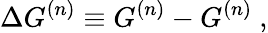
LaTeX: \Delta G^{(n)}\equiv G^{(n)}-G^{(n)}\ ,